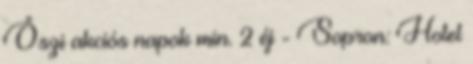
Őszi akciós napok min. 2 éj - Sopron: Hotel